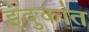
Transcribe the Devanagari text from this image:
इंदुकांत